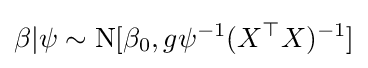
\beta |\psi \sim {\text{N}}[\beta _{0},g\psi ^{-1}(X^{\top }X)^{-1}]